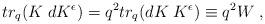
LaTeX: \begin{align*}tr_{q} (K\;dK^{\epsilon}) = q^{2} tr_{q} (dK\;K^{\epsilon})\equiv q^{2} W \;,\end{align*}